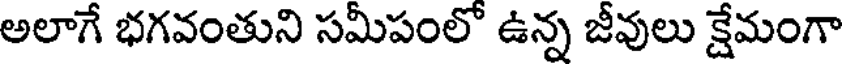
అలాగే భగవంతుని సమీపంలో ఉన్న జీవులు క్షేమంగా